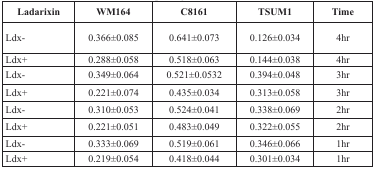
<table><thead><tr><td><b>Ladarixin</b></td><td><b>WM164</b></td><td><b>C8161</b></td><td><b>TSUM1</b></td><td><b>Time</b></td></tr></thead><tbody><tr><td>Ldx-</td><td>0.366±0.085</td><td>0.641±0.073</td><td>0.126±0.034</td><td>4hr</td></tr><tr><td>Ldx+</td><td>0.288±0.058</td><td>0.518±0.063</td><td>0.144±0.038</td><td>4hr</td></tr><tr><td>Ldx-</td><td>0.349±0.064</td><td>0.521±0.0532</td><td>0.394±0.048</td><td>3hr</td></tr><tr><td>Ldx+</td><td>0.221±0.074</td><td>0.435±0.034</td><td>0.313±0.058</td><td>3hr</td></tr><tr><td>Ldx-</td><td>0.310±0.053</td><td>0.524±0.041</td><td>0.338±0.069</td><td>2hr</td></tr><tr><td>Ldx+</td><td>0.221±0.051</td><td>0.483±0.049</td><td>0.322±0.055</td><td>2hr</td></tr><tr><td>Ldx-</td><td>0.333±0.069</td><td>0.519±0.061</td><td>0.346±0.066</td><td>1hr</td></tr><tr><td>Ldx+</td><td>0.219±0.054</td><td>0.418±0.044</td><td>0.301±0.034</td><td>1hr</td></tr></tbody></table>